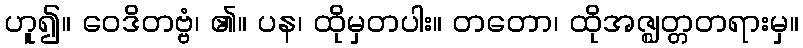
ဟူ၍။ ဝေဒိတဗ္ဗံ၊ ၏။ ပန၊ ထိုမှတပါး။ တတော၊ ထိုအဇ္ဈတ္တတရားမှ။